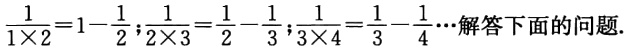
$\frac{1}{1\times2}=1 - \frac{1}{2};\frac{1}{2\times3}=\frac{1}{2}-\frac{1}{3};\frac{1}{3\times4}=\frac{1}{3}-\frac{1}{4}\cdots解答下面的问题.$